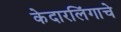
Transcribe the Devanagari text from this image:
केदारलिंगाचे